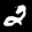
Label: 2